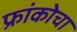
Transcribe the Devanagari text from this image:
फ्रांकोचा